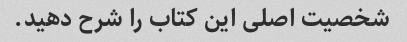
شخصیت اصلی این کتاب را شرح دهید.